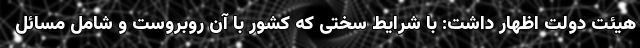
هیئت دولت اظهار داشت: با شرایط سختی که کشور با آن روبروست و شامل مسائل